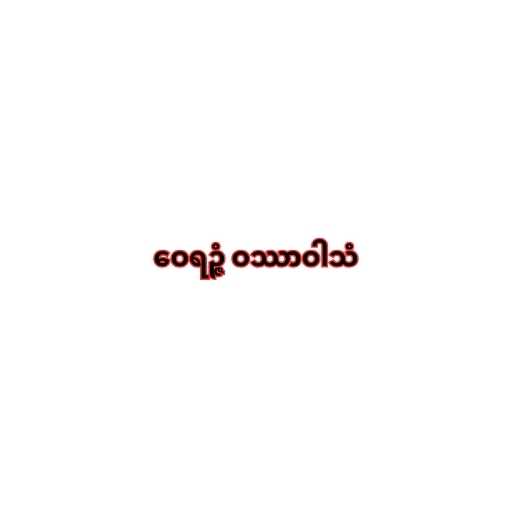
ဝေရဉ္ဇံ ဝဿာဝါသံ